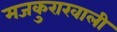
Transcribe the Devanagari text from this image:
मजकुराखाली